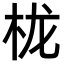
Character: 栊